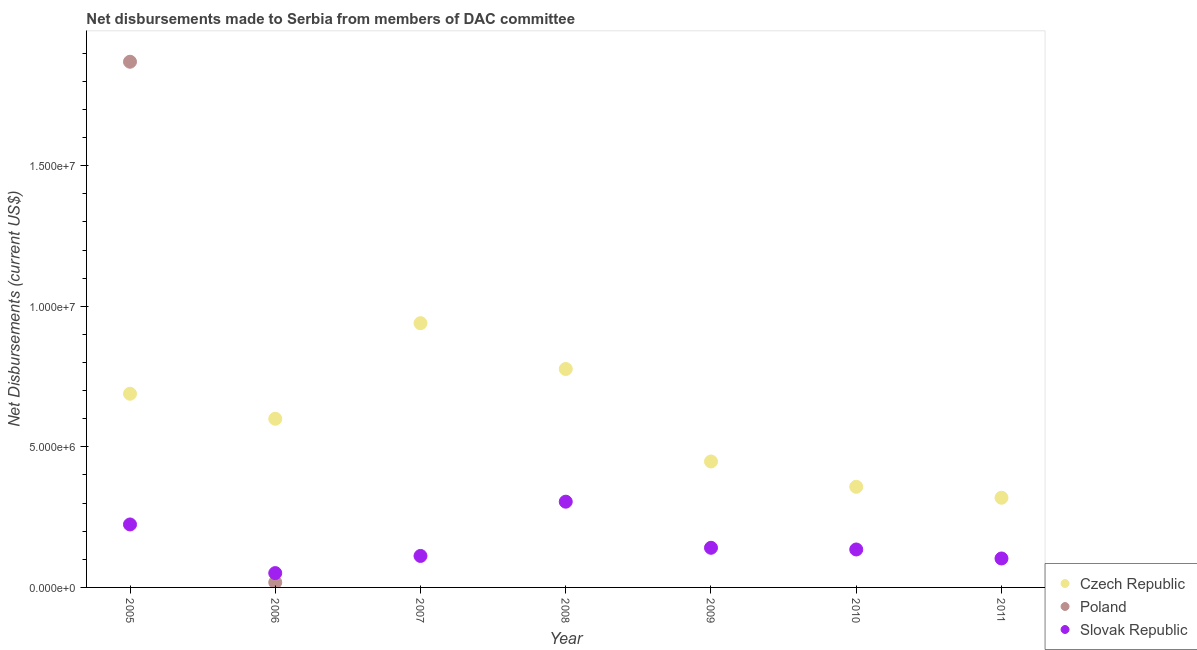
| Year | Czech Republic | Poland | Slovak Republic |
 | --- | --- | --- | --- |
 | 2005 | 6.89e+06 | 1.87e+07 | 2.24e+06 |
 | 2006 | 6e+06 | 1.8e+05 | 5.1e+05 |
 | 2007 | 9.4e+06 | -3.3e+06 | 1.12e+06 |
 | 2008 | 7.77e+06 | -2.6e+06 | 3.05e+06 |
 | 2009 | 4.48e+06 | -3.2e+06 | 1.41e+06 |
 | 2010 | 3.58e+06 | -3.25e+06 | 1.35e+06 |
 | 2011 | 3.19e+06 | -3.26e+06 | 1.03e+06 |